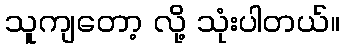
သူကျတော့ လို့ သုံးပါတယ်။